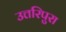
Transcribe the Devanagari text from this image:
उत्तरिपुरा